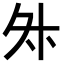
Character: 𭐳